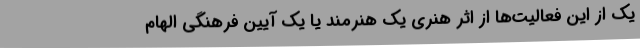
یک از این فعالیت‌ها از اثر هنری یک هنرمند یا یک آیین فرهنگی الهام